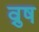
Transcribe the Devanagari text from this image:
व्रुष